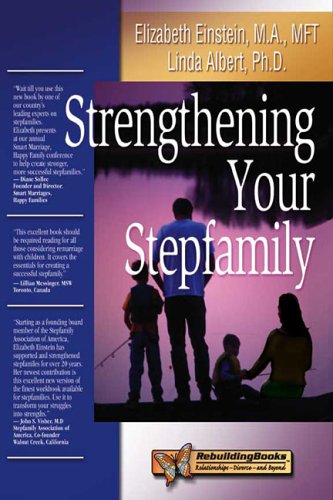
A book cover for Strengthening Your Stepfamily (Rebuilding Books: Relationships-Divorce-And Beyond); Elizabeth Einstein; Parenting & Relationships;